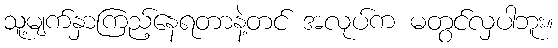
သူ့မျက်နှာကြည့်နေရတာနဲ့တင် အလုပ်က မတွင်လှပါဘူး။